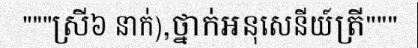
"""ស្រី៦ នាក់),ថ្នាក់អនុសេនីយ៍ត្រី"""